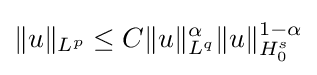
\|u\|_{L^{p}}\leq C\|u\|_{L^{q}}^{\alpha }\|u\|_{H_{0}^{s}}^{1-\alpha }